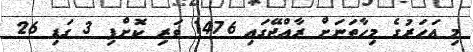
މި އަހަރުގެ މިހާތަނަށް ރާއްޖޭގައި 1476 ވަރި ކޮށްފި 3 ގަޑި 26